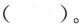
()。